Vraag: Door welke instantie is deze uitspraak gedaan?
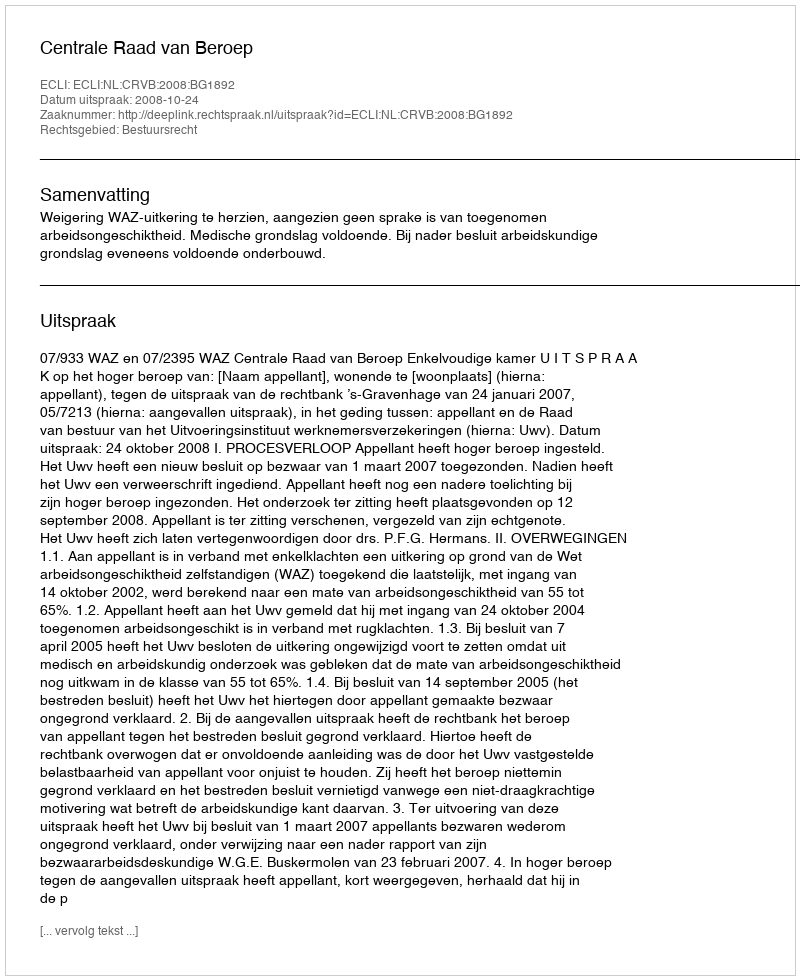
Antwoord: Centrale Raad van Beroep